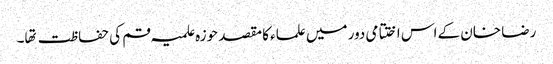
رضا خان کے اس اختتامی دور میں علماء کا مقصد حوزہ علمیہ قم کی حفاظت تها۔